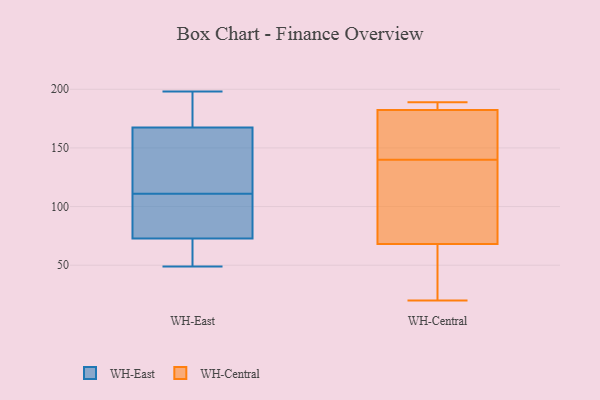
{"axis": {"x": "Churn Rate (%)", "y": "Value"}, "legend": ["WH-Central", "WH-East"], "data": [{"x": "", "y": 192, "type": "WH-East"}, {"x": "", "y": 54, "type": "WH-East"}, {"x": "", "y": 53, "type": "WH-East"}, {"x": "", "y": 111, "type": "WH-East"}, {"x": "", "y": 181, "type": "WH-East"}, {"x": "", "y": 49, "type": "WH-East"}, {"x": "", "y": 69, "type": "WH-East"}, {"x": "", "y": 157, "type": "WH-East"}, {"x": "", "y": 129, "type": "WH-East"}, {"x": "", "y": 198, "type": "WH-East"}, {"x": "", "y": 128, "type": "WH-East"}, {"x": "", "y": 94, "type": "WH-East"}, {"x": "", "y": 95, "type": "WH-East"}, {"x": "", "y": 84, "type": "WH-East"}, {"x": "", "y": 171, "type": "WH-East"}, {"x": "", "y": 121, "type": "WH-Central"}, {"x": "", "y": 140, "type": "WH-Central"}, {"x": "", "y": 149, "type": "WH-Central"}, {"x": "", "y": 189, "type": "WH-Central"}, {"x": "", "y": 184, "type": "WH-Central"}, {"x": "", "y": 56, "type": "WH-Central"}, {"x": "", "y": 165, "type": "WH-Central"}, {"x": "", "y": 72, "type": "WH-Central"}, {"x": "", "y": 184, "type": "WH-Central"}, {"x": "", "y": 20, "type": "WH-Central"}, {"x": "", "y": 122, "type": "WH-Central"}, {"x": "", "y": 42, "type": "WH-Central"}, {"x": "", "y": 72, "type": "WH-Central"}, {"x": "", "y": 182, "type": "WH-Central"}, {"x": "", "y": 160, "type": "WH-Central"}, {"x": "", "y": 183, "type": "WH-Central"}, {"x": "", "y": 49, "type": "WH-Central"}]}